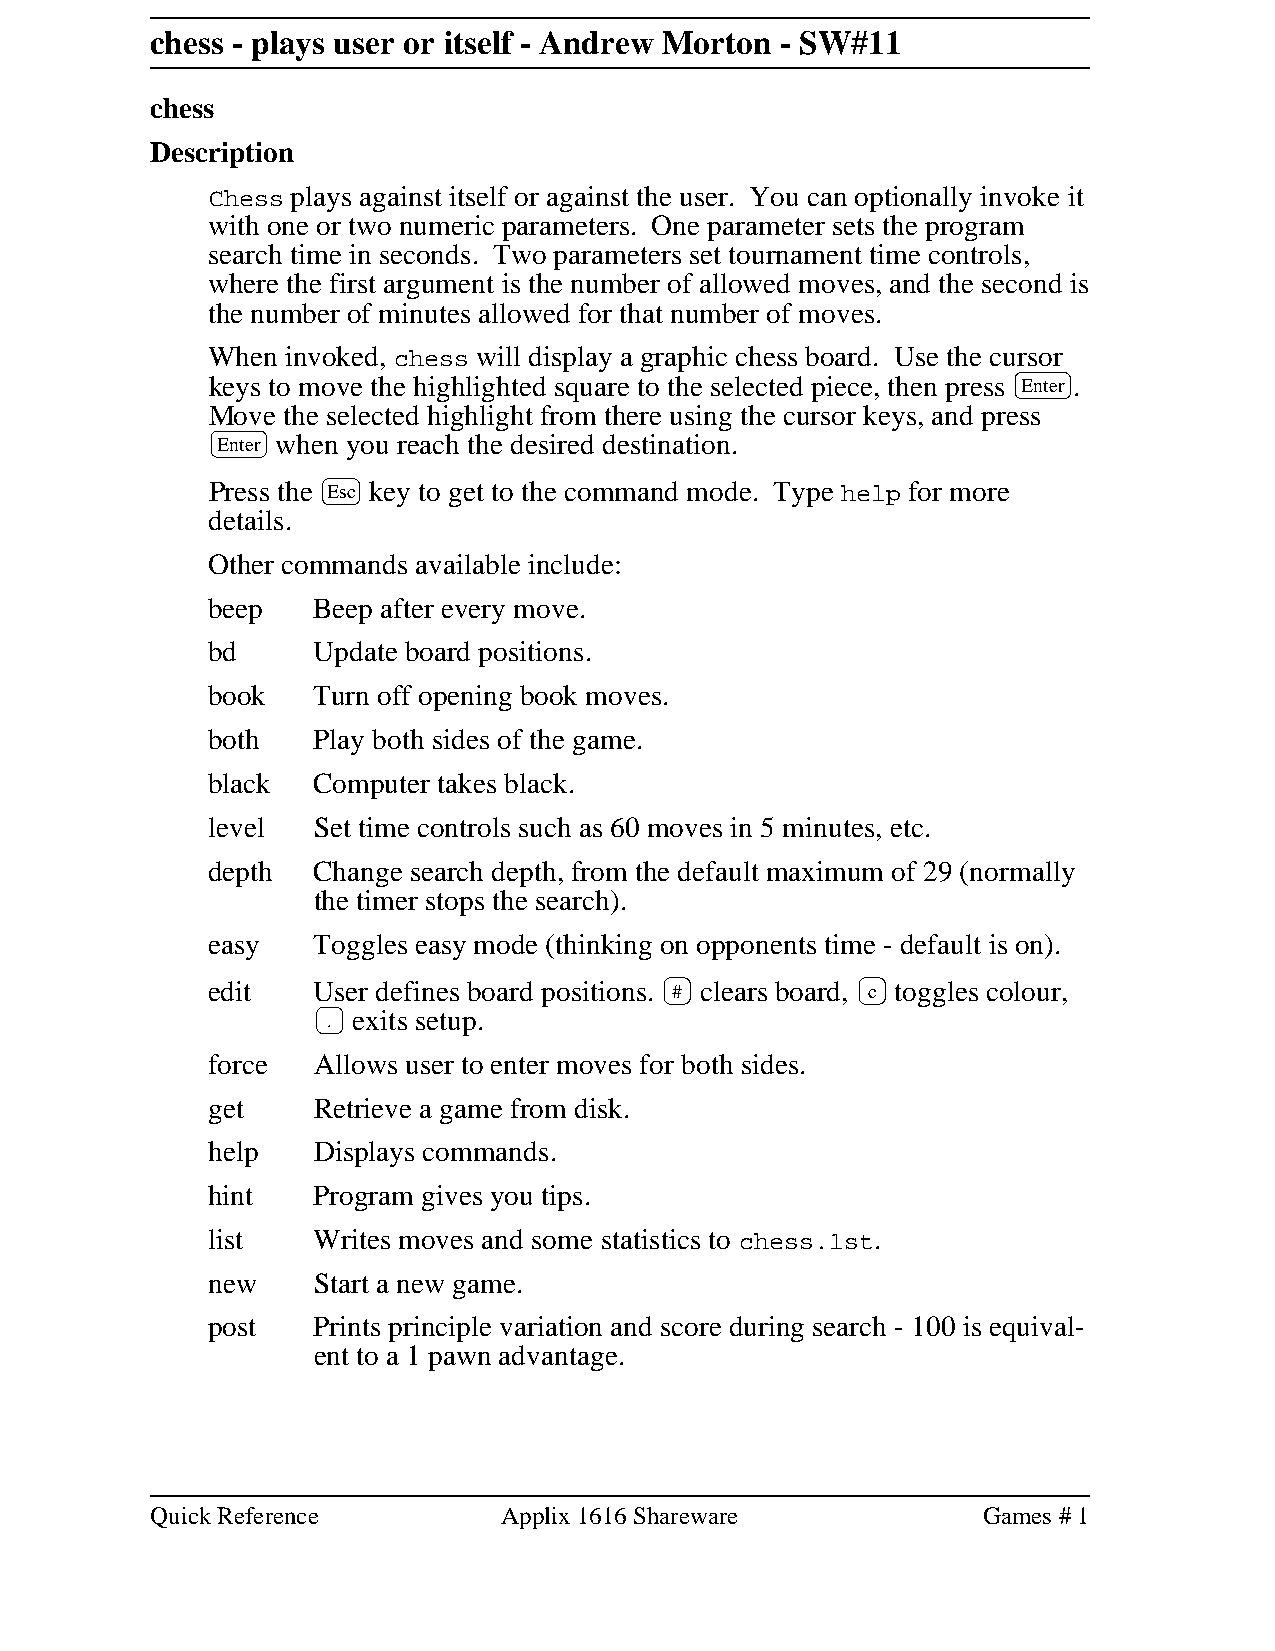
chess - plays user or itself - Andrew Morton - SW#11
 chess
 Description
 Chess plays against itself or against the user. You can optionally invoke it
 with one or two numeric parameters. One parameter sets the program
 search time in seconds. Two parameters set tournament time controls,
 where the first argument is the number of allowed moves, and the second is
 the number of minutes allowed for that number of moves.
 When invoked, chess will display a graphic chess board. Use the cursor
 keys to move the highlighted square to the selected piece, then press Enter .
 Move the selected highlight from there using the cursor keys, and press
 Enter when you reach the desired destination.
 Press the Esc key to get to the command mode. Type help for more
 details.
 Other commands available include:
 beep   Beep after every move.
 bd     Update board positions.
 book   Turn off opening book moves.
 both   Play both sides of the game.
 black  Computer takes black.
 level  Set time controls such as 60 moves in 5 minutes, etc.
 depth  Change search depth, from the default maximum of 29 (normally
 the timer stops the search).
 easy   Toggles easy mode (thinking on opponents time - default is on).
 edit   User defines board positions. # clears board, c toggles colour,
 . exits setup.
 force  Allows user to enter moves for both sides.
 get    Retrieve a game from disk.
 help   Displays commands.
 hint   Program gives you tips.
 list   Writes moves and some statistics to chess.1st.
 new    Start a new game.
 post   Prints principle variation and score during search - 100 is equival-
 ent to a 1 pawn advantage.
 Quick Reference        Applix 1616 Shareware           Games # 1